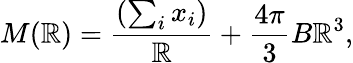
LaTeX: M(\mathbb{R})=\frac{{(\sum_{i}x_{i})}}{\mathbb{R}}+\frac{{4\pi}}{3}B\mathbb{R}^{3},